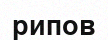
рипов